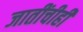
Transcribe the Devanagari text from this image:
जातींचीही